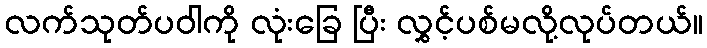
လက်သုတ်ပဝါကို လုံးခြေ ပြီး လွှင့်ပစ်မလို့လုပ်တယ်။